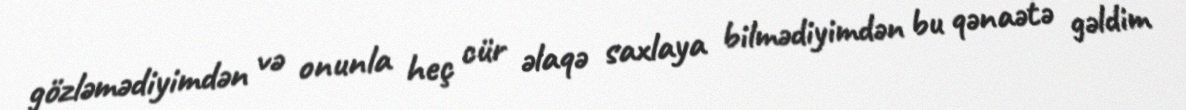
gözləmədiyimdən və onunla heç cür əlaqə saxlaya bilmədiyimdən bu qənaətə gəldim